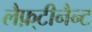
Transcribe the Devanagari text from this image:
लैफ़्टीनैन्ट